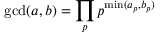
\operatorname* { g c d } ( a , b ) = \prod _ { p } p ^ { \operatorname* { m i n } ( a _ { p } , b _ { p } ) }